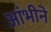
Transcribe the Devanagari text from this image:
आंभीने